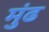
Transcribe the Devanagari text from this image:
मुंढ